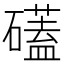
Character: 礚